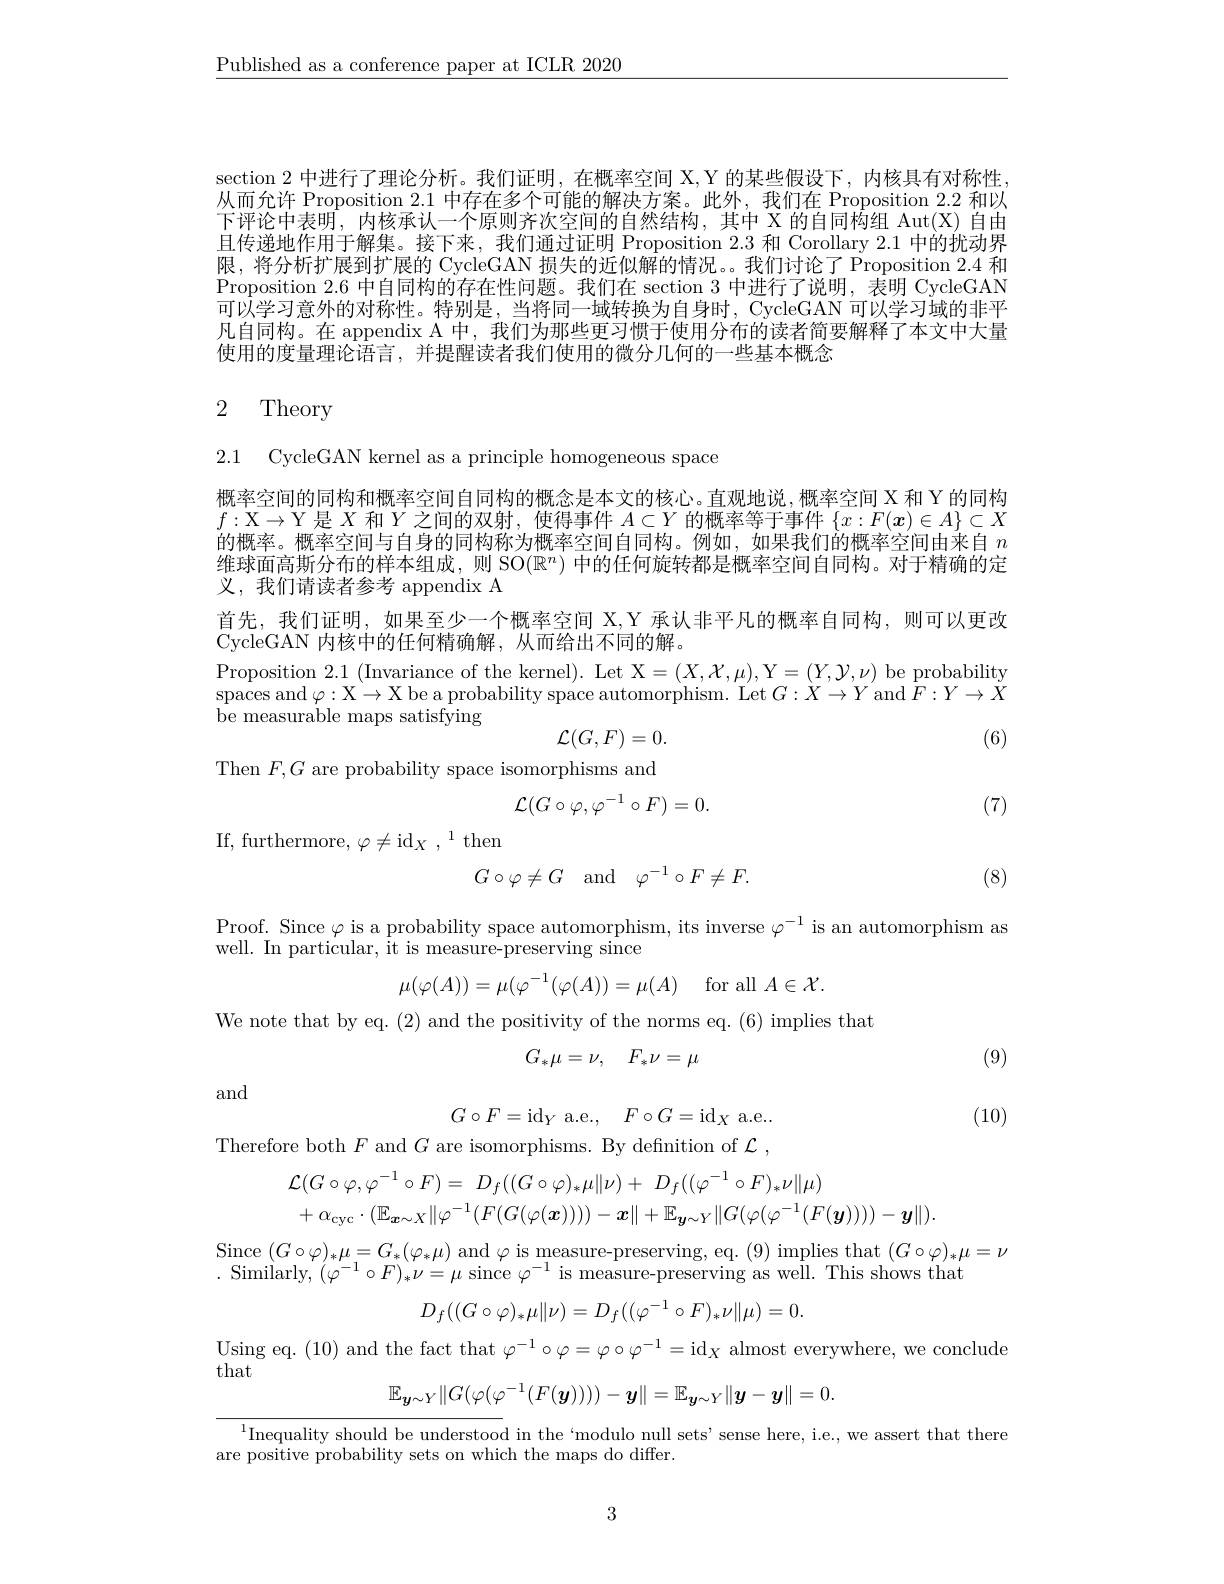
$\underline{\text{Published as a conference paper at ICLR 2020}}$

section 2 中进行了理论分析。我们证明，在概率空间 X,Y 的某些假设下，内核具有对称性从而允许 Proposition 2.1 中存在多个可能的解决方案。此外，我们在 Proposition 2.2 和以下评论中表明，内核承认一个原则齐次空间的自然结构，其中 X 的自同构组 Aut(X) 自由且传递地作用于解集。接下来，我们通过证明 Proposition 2.3 和 Corollary 2.1 中的扰动界限，将分析扩展到扩展的 CycleGAN 损失的近似解的情况。我们讨论了 Proposition 2.4 和Proposition 2.6中自同构的存在性问题。我们在 section 3 中进行了说明，表明 CycleGAN $\bar{\text{可以学习意外的对称性。特别是，当将同一域转换为自身时，CycleGAN 可以学习域的非平}}$ 凡自同构。在 appendix A 中，我们为那些更习惯于使用分布的读者简要解释了本文中大量使用的度量理论语言，并提醒读者我们使用的微分几何的一些基本概念

# 2 Theory

2.1 CycleGAN kernel as a principle homogeneous space

概率空间的同构和概率空间自同构的概念是本文的核心。直观地说，概率空间 X 和 Y 的同构$f:\mathcal{X}\to\mathcal{Y}$是$X$和$Y$之间的双射，使得事件$A\subset Y$的概率等于事件$\{x:F(\boldsymbol{x})\in A\}\subset X$ 的概率。概率空间与自身的同构称为概率空间自同构。例如，如果我们的概率空间由来自$n$ 维球面高斯分布的样本组成，则 SO$(\mathbb{R}^n)$中的任何旋转都是概率空间自同构。对于精确的定义，我们请读者参考 appendix A
首先，我们证明，如果至少一个概率空间 X,Y 承认非平凡的概率自同构，则可以更改
CycleGAN 内核中的任何精确解，从而给出不同的解。
$\begin{array}{c}{\mathrm{Proposition~2.1~(Invariance~of~the~kernel).~Let~X=(X,\mathcal{X},\mu),Y=(Y,\mathcal{Y},\nu)~be~probability}}\\{\mathrm{Proposition~2.1~(Invariance~of~the~kernel).~Let~X=(X,\mathcal{X},\mu),Y=(Y,\mathcal{Y},\nu)~be~probability}}\\{\mathrm{T}}\\{\mathrm{T}}\\{\mathrm{T}}\\{\mathrm{T}}\\{\mathrm{T}}\\{\mathrm{T}}\\{\mathrm{T}}\\{\mathrm{T}}\\{\mathrm{T}}\\{\mathrm{T}}\\{\mathrm{T}}\end{array}$ spaces and $\varphi : \mathcal{X} \to \mathcal{X}$ be a probability space automorphism. $\operatorname{Let}G:X\to Y$ and $F:Y\to X$ ${\tilde{\text{be measurable maps satisfying}}}$
$$\mathcal{L}(G,F)=0.$$
(6)

Then $F,G$ are probability space isomorphisms and
$$\mathcal{L}(G\circ\varphi,\varphi^{-1}\circ F)=0.$$
(7)

If, furthermore, $\varphi \neq$i$d_X, ^1$ then
$$G\circ\varphi\neq G\quad\text{and}\quad\varphi^{-1}\circ F\neq F.$$
(8)

Proof. Since $\varphi$ is a probability space automorphism, its inverse $\varphi^-1$ is an automorphism as
well. In particular, it is measure-preserving since
$$\mu(\varphi(A))=\mu(\varphi^{-1}(\varphi(A))=\mu(A)\quad\mathrm{for~all}\:A\in\mathcal{X}.$$
We note that by eq. (2) and the positivity of the norms eq. (6) implies that
$$G_*\mu=\nu,\quad F_*\nu=\mu $$
(9)

and
$$G\circ F=\mathrm{id}_{Y}\:\mathrm{a.e.},\quad F\circ G=\mathrm{id}_{X}$$
(10)

Therefore both $F$ and $G$ are isomorphisms. By definition of $\mathcal{L}$,
$$\begin{aligned}&\mathcal{L}(G\circ\varphi,\varphi^{-1}\circ F)=\:D_{f}((G\circ\varphi)_{*}\mu\|\nu)+\:D_{f}((\varphi^{-1}\circ F)_{*}\nu\|\mu)\\&+\alpha_{\mathrm{cyc}}\cdot(\mathbb{E}_{\boldsymbol{x}\sim X}\|\varphi^{-1}(F(G(\varphi(\boldsymbol{x}))))-\boldsymbol{x}\|+\mathbb{E}_{\boldsymbol{y}\sim Y}\|G(\varphi(\varphi^{-1}(F(\boldsymbol{y}))))-\boldsymbol{y}\|).\end{aligned}$$
$\begin{array}{c}\mathrm{Since~}(G\circ\varphi)_{*}\mu=G_{*}(\varphi_{*}\mu)\mathrm{~and~}\varphi\mathrm{~is~measure-preserving,~eq.~(9)~implies~that~}(G\circ\varphi)_{*}\mu=\nu\\\mathrm{Since~}(G\circ\varphi)_{*}\mu=G_{*}(\varphi_{*}\mu)\mathrm{~and~}\varphi\mathrm{~is~measure-preserving,~eq.~(9)~implies~that~}(G\circ\varphi)_{**}\mu=\nu\end{array}$
Similarly, $(\varphi^{-1}\circ F)_*\nu=\mu$ since $\varphi^-1$ is measure-preserving as weill. This shows tha
$$D_f((G\circ\varphi)_*\mu\|\nu)=D_f((\varphi^{-1}\circ F)_*\nu\|\mu)=0.$$
Using eq. (10) and the fact that $\varphi^-1\circ\varphi=\varphi\circ\varphi^{-1}=\mathrm{id}_X$ almost everywhere, we conclude

that
$$\mathbb{E}_{\boldsymbol{y}\sim Y}\|G(\varphi(\varphi^{-1}(F(\boldsymbol{y}))))-\boldsymbol{y}\|=\mathbb{E}_{\boldsymbol{y}\sim Y}\|\boldsymbol{y}-\boldsymbol{y}\|=0.$$
$^{1}$Inequality should be understood in the `modulo null sets' sense here, i.e., we assert that there
are positive probability sets on which the maps do differ.

3